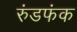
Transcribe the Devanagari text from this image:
रुंडफंक